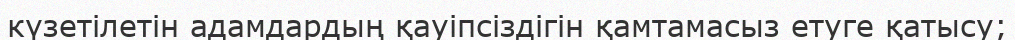
күзетілетін адамдардың қауіпсіздігін қамтамасыз етуге қатысу;